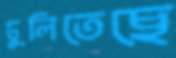
ঢুলিতেছে